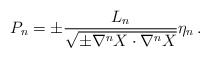
\begin{align*}P_{n} = \pm {L_n \over \sqrt{\pm \nabla^n X \cdot \nabla^n X }} \eta_n\,.\end{align*}